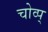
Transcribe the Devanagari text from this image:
चोव्प्